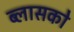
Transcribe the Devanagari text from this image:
ब्लासको